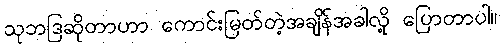
သုဘဒြဆိုတာဟာ ကောင်းမြတ်တဲ့အချိန်အခါလို့ ပြောတာပါ။